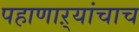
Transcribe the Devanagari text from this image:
पहाणाऱ्यांचाच